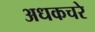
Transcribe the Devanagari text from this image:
अधकचरे